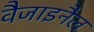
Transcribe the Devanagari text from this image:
वैजाइनैल